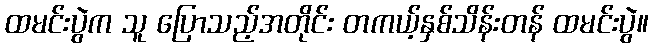
ထမင်းပွဲက သူ ပြောသည့်အတိုင်း တကယ့်နှစ်သိန်းတန် ထမင်းပွဲ။